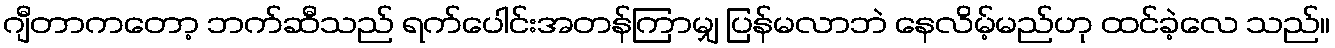
ဂျီတာကတော့ ဘက်ဆီသည် ရက်ပေါင်းအတန်ကြာမျှ ပြန်မလာဘဲ နေလိမ့်မည်ဟု ထင်ခဲ့လေ သည်။